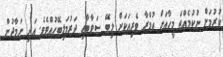
ކުރުމަށް ނުކުމެއްޖެ މީހާއަށް އުމްރާ ވެރިއަކަށް ލިބޭ ސަވާބާއި ދަރުމަލިބޭހުއްޓެވެ. އަދި ނަމާދުން